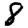
Digit: 8